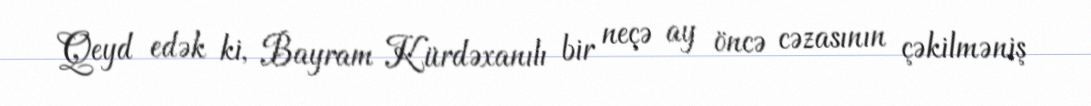
Qeyd edək ki, Bayram Kürdəxanılı bir neçə ay öncə cəzasının çəkilməniş